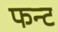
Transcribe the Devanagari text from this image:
फन्ट